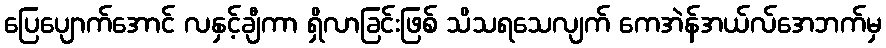
ပြေပျောက်အောင် လနှင့်ချီကာ ရှိလာခြင်းဖြစ် သိသရသေလျက် ကေအဲန်အယ်လ်အေဘက်မှ